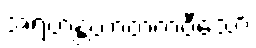
အရဟန္တဃာတကဝီသော